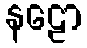
နဠော